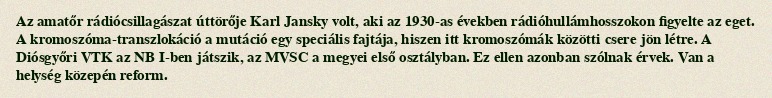
Az amatőr rádiócsillagászat úttörője Karl Jansky volt, aki az 1930-as években rádióhullámhosszokon figyelte az eget. A kromoszóma-transzlokáció a mutáció egy speciális fajtája, hiszen itt kromoszómák közötti csere jön létre. A Diósgyőri VTK az NB I-ben játszik, az MVSC a megyei első osztályban. Ez ellen azonban szólnak érvek. Van a helység közepén reform.